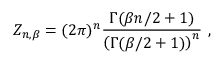
Z _ { n , \beta } = ( 2 \pi ) ^ { n } { \frac { \Gamma ( \beta n / 2 + 1 ) } { \left( \Gamma ( \beta / 2 + 1 ) \right) ^ { n } } } ~ ,